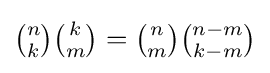
{\tbinom {n}{k}}{\tbinom {k}{m}}={\tbinom {n}{m}}{\tbinom {n-m}{k-m}}